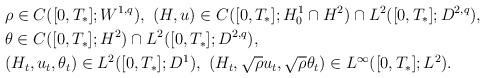
LaTeX: \begin{align*}&\rho\in C([0,T_*];W^{1,q}),\ (H,u)\in C([0,T_*];H^1_0\cap H^2)\cap L^2([0,T_*];D^{2,q}),\\&\theta \in C([0,T_*]; H^2)\cap L^2([0,T_*];D^{2,q}),\\&(H_t, u_t,\theta_t)\in L^2([0,T_*];D^1),\ (H_t,\sqrt{\rho}u_t, \sqrt{\rho}\theta_t)\in L^\infty([0,T_*];L^2).\end{align*}